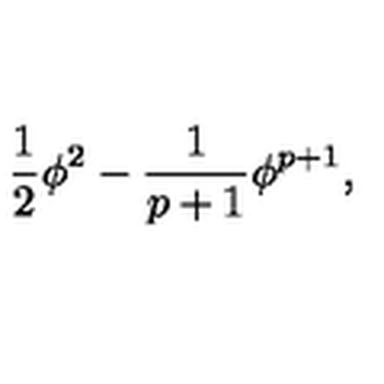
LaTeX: \frac { 1 } { 2 } \phi ^ { 2 } - \frac { 1 } { p + 1 } \phi ^ { p + 1 } ,